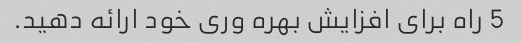
5 راه برای افزایش بهره وری خود ارائه دهید.